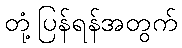
တုံ့ပြန်ရန်အတွက်